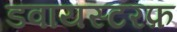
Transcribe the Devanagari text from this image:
डवायस्टरफ़